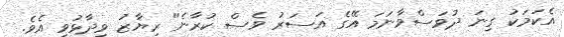
އެކަމަކު ގިނަ ދުވަސްވާނަމަ އޭގެ އަސަރު ވެސް ކުރާނެ" ރިޔާޒު ވިދާޅުވި އެވެ.